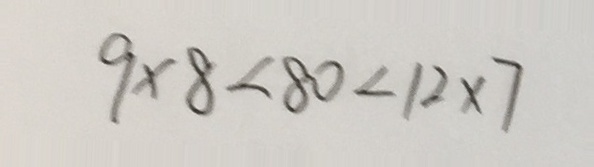
9 \times 8 < 8 0 < 1 2 \times 7